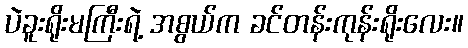
ပဲခူးရိုးမကြီးရဲ့ အစွယ်က ခင်တန်းကုန်းရိုးလေး။